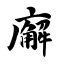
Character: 廨